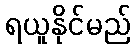
ရယူနိုင်မည်